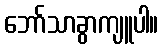
ဘော်သာခွာကျူပါ။